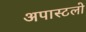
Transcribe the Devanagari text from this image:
अपास्टलो